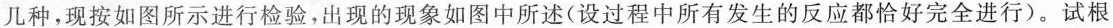
几种，现按如图所示进行检验，出现的现象如图中所述(设过程中所有发生的反应都恰好完全进行)。试根